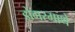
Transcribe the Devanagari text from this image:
डोंगरमाथे